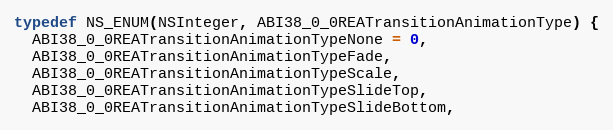
Language: C
typedef NS_ENUM(NSInteger, ABI38_0_0REATransitionAnimationType) {
  ABI38_0_0REATransitionAnimationTypeNone = 0,
  ABI38_0_0REATransitionAnimationTypeFade,
  ABI38_0_0REATransitionAnimationTypeScale,
  ABI38_0_0REATransitionAnimationTypeSlideTop,
  ABI38_0_0REATransitionAnimationTypeSlideBottom,